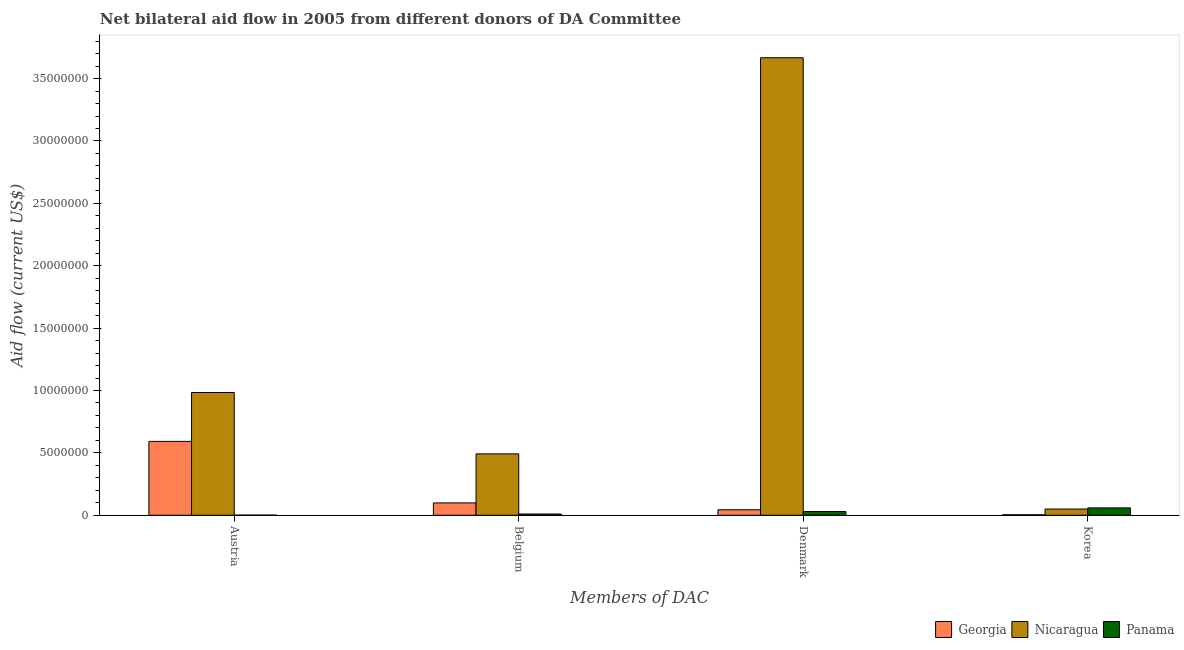
| Members of DAC | Georgia | Nicaragua | Panama |
 | --- | --- | --- | --- |
 | Austria | 5.92e+06 | 9.84e+06 | 1e+04 |
 | Belgium | 9.9e+05 | 4.92e+06 | 1e+05 |
 | Denmark | 4.4e+05 | 3.67e+07 | 3e+05 |
 | Korea | 4e+04 | 5e+05 | 5.9e+05 |